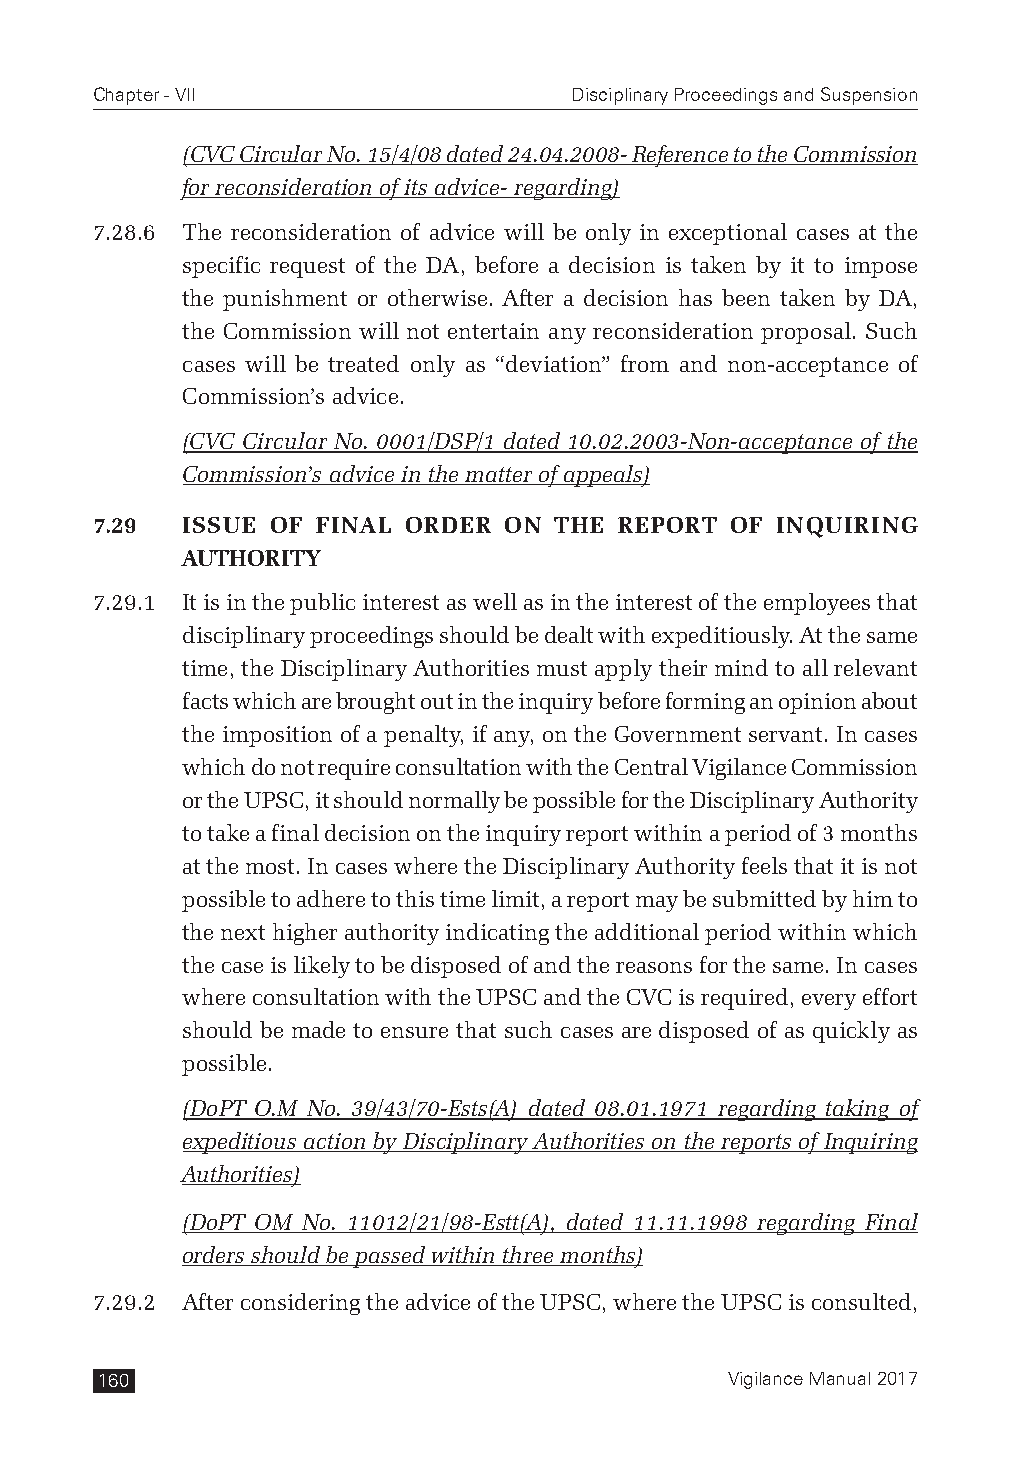
Chapter - VII                   Disciplinary Proceedings and Suspension
 (CVC Circular No. 15/4/08 dated 24.04.2008- Reference to the Commission
 for reconsideration of its advice- regarding)
 7.28.6 The reconsideration of advice will be only in exceptional cases at the
 specific request of the DA, before a decision is taken by it to impose
 the punishment or otherwise. After a decision has been taken by DA,
 the Commission will not entertain any reconsideration proposal. Such
 cases will be treated only as “deviation” from and non-acceptance of
 Commission’s advice.
 (CVC Circular No. 0001/DSP/1 dated 10.02.2003-Non-acceptance of the
 Commission’s advice in the matter of appeals)
 7.29  ISSUE OF FINAL ORDER ON  THE REPORT OF INQUIRING
 AUTHORITY
 7.29.1 It is in the public interest as well as in the interest of the employees that
 disciplinary proceedings should be dealt with expeditiously. At the same
 time, the Disciplinary Authorities must apply their mind to all relevant
 facts which are brought out in the inquiry before forming an opinion about
 the imposition of a penalty, if any, on the Government servant. In cases
 which do not require consultation with the Central Vigilance Commission
 or the UPSC, it should normally be possible for the Disciplinary Authority
 to take a final decision on the inquiry report within a period of 3 months
 at the most. In cases where the Disciplinary Authority feels that it is not
 possible to adhere to this time limit, a report may be submitted by him to
 the next higher authority indicating the additional period within which
 the case is likely to be disposed of and the reasons for the same. In cases
 where consultation with the UPSC and the CVC is required, every effort
 should be made to ensure that such cases are disposed of as quickly as
 possible.
 (DoPT O.M No. 39/43/70-Ests(A) dated 08.01.1971 regarding taking of
 expeditious action by Disciplinary Authorities on the reports of Inquiring
 Authorities)
 (DoPT OM No. 11012/21/98-Estt(A), dated 11.11.1998 regarding Final
 orders should be passed within three months)
 7.29.2 After considering the advice of the UPSC, where the UPSC is consulted,
 160                                       Vigilance Manual 2017